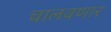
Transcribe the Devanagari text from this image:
चालवणार